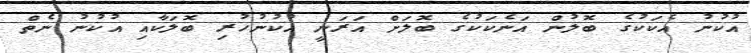
އުކުނު އެކަކުގެ ބޮލުން އަނެކަކުގެ ބޮލަށް އަރަނީ އުކުނުހުރި ބޮލަކާއި އުކުނު ނެތް